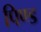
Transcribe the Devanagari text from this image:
पिण्‍ड